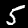
Digit: 5